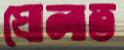
ঘোলাত